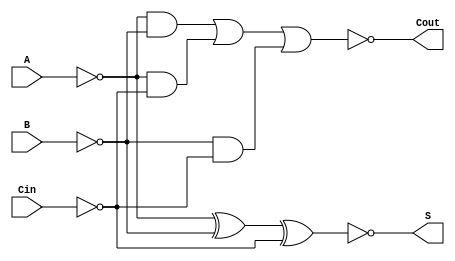
module negative_circuit_full_adder (
    input wire A,    // First binary input
    input wire B,    // Second binary input
    input wire Cin,  // Carry input
    output wire S,   // Sum output
    output wire Cout // Carry output
);
    
    // Intermediate signals for negative logic
    wire A_n, B_n, Cin_n;
    
    // Negate inputs for active-low logic
    not (A_n, A);
    not (B_n, B);
    not (Cin_n, Cin);
    
    // Calculate sum output using XOR operation
    assign S = ~(A_n ^ B_n ^ Cin_n); // S is high (active-low logic)

    // Calculate carry output using AND and OR operations
    assign Cout = ~((A_n & B_n) | (A_n & Cin_n) | (B_n & Cin_n)); // Cout is high (active-low logic)

endmodule